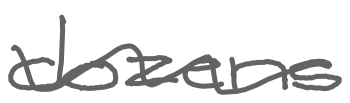
Text: dozens
Cross-out: wave
Writing tool: digital_gray